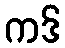
ကဒ်